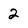
Character: 2